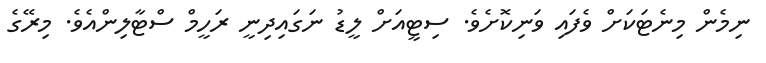
ނިމެން މިނެޓަކަށް ވެފައި ވަނިކޮށެވެ. ސިޓީއަށް ލީޑު ނަގައިދިނީ ރަހީމް ސްޓާލިންއެވެ. މިރޭގެ